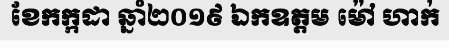
ខែកក្កដា ឆ្នាំ២០១៩ ឯកឧត្តម ម៉ៅ ហាក់